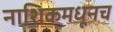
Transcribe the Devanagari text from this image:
नाशिकमधूनच